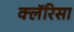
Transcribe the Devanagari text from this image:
क्लॅरिसा